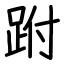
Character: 跗